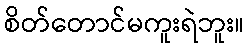
စိတ်တောင်မကူးရဲဘူး။